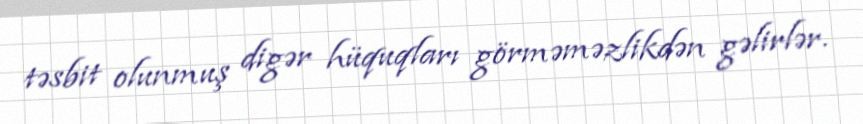
təsbit olunmuş digər hüquqları görməməzlikdən gəlirlər.